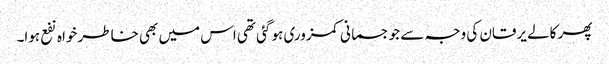
پھر کالے یرقان کی وجہ سے جو جسمانی کمزوری ہو گئی تھی اس میں بھی خاطر خواہ نفع ہوا۔